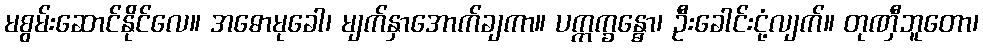
မစွမ်းဆောင်နိုင်လေ။ အဓောမုခေါ၊ မျက်နှာအောက်ချကာ။ ပက္ကက္ခန္ဓော၊ ဦးခေါင်းငုံ့လျက်။ တုဏှီဘူတော၊